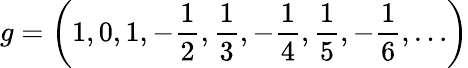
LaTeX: g=\left(1,0,1,-{\frac{1}{2}},{\frac{1}{3}},-{\frac{1}{4}},{\frac{1}{5}},-{\frac{1}{6}},\ldots\right)